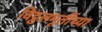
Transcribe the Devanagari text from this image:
विठ्ठलमूर्तीच्या